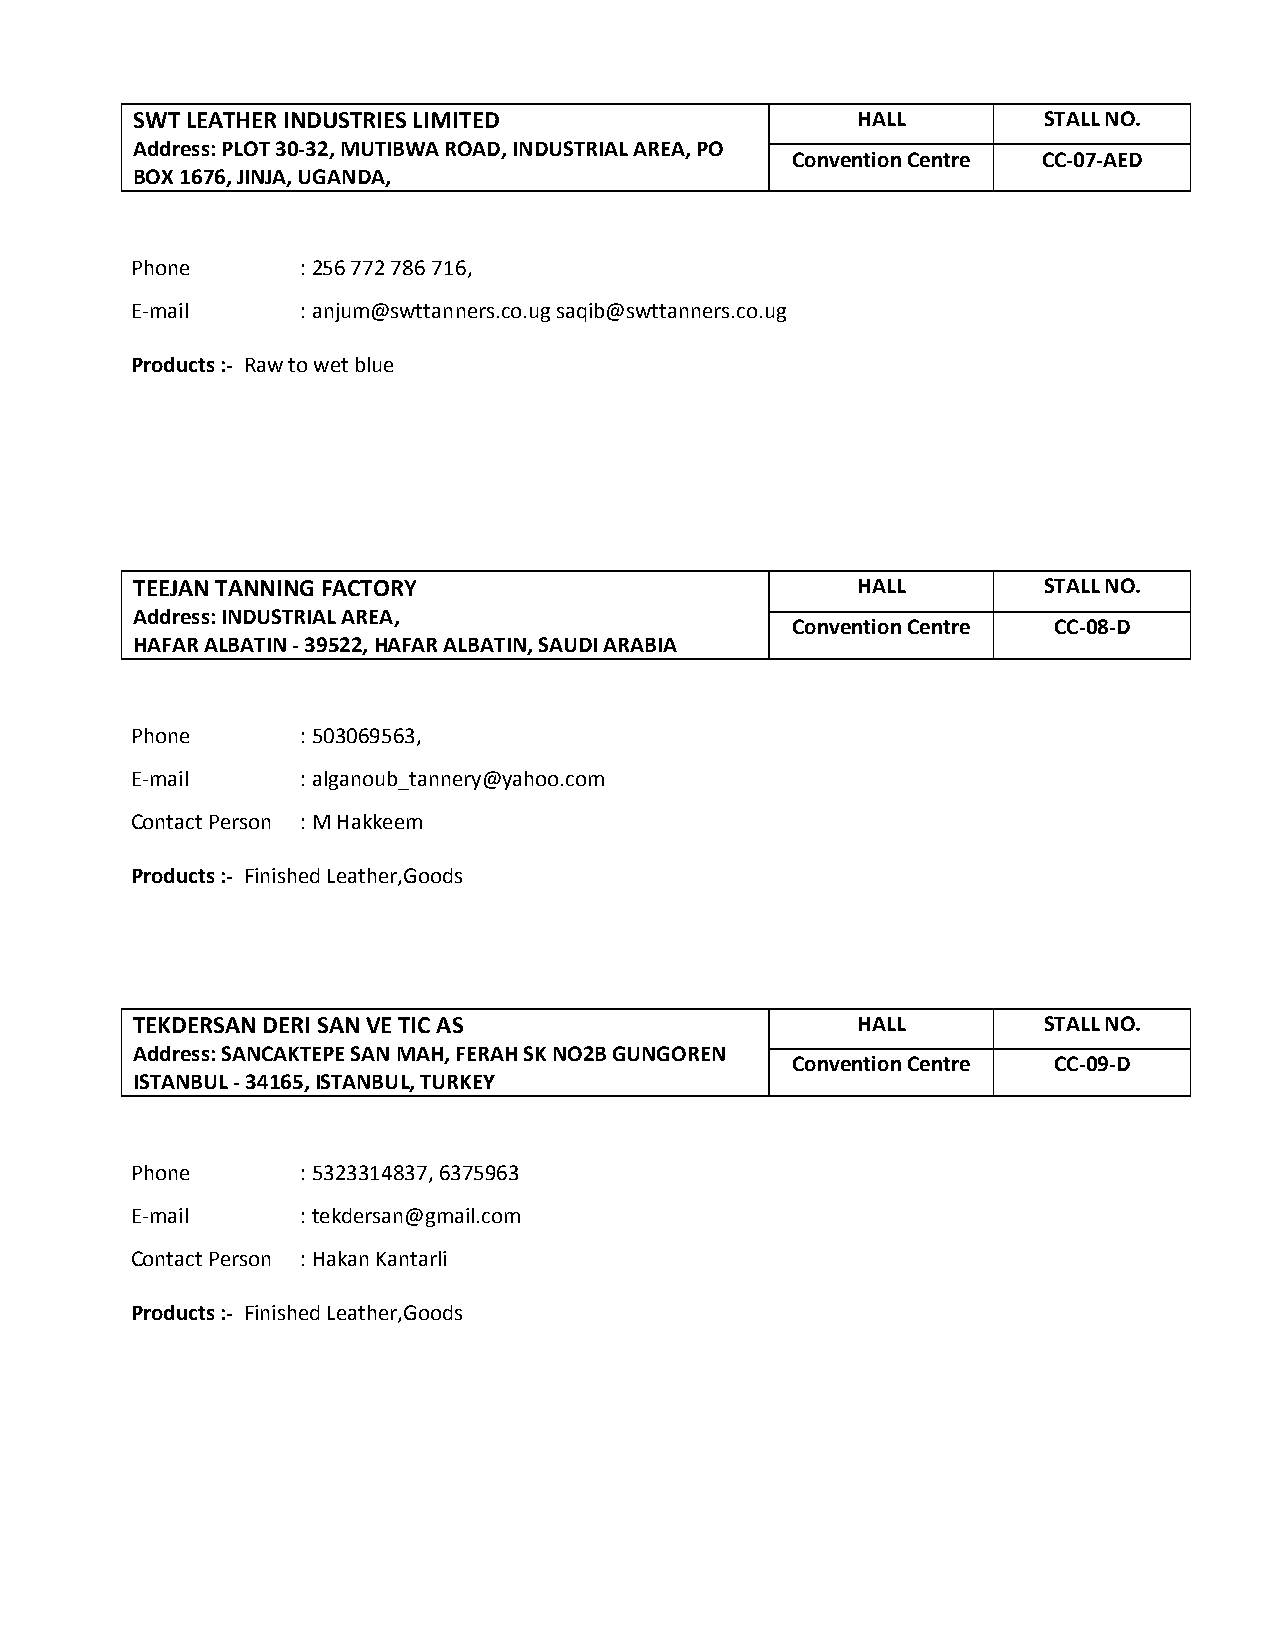
SWT LEATHER INDUSTRIES LIMITED                  HALL        STALL NO.
 Address: PLOT 30-32, MUTIBWA ROAD, INDUSTRIAL AREA, PO
 Convention Centre CC-07-AED
 BOX 1676, JINJA, UGANDA,
 Phone      : 256 772 786 716,
 E-mail     : anjum@swttanners.co.ug saqib@swttanners.co.ug
 Products :- Raw to wet blue
 TEEJAN TANNING FACTORY                          HALL        STALL NO.
 Address: INDUSTRIAL AREA,
 Convention Centre CC-08-D
 HAFAR ALBATIN - 39522, HAFAR ALBATIN, SAUDI ARABIA
 Phone      : 503069563,
 E-mail     : alganoub_tannery@yahoo.com
 Contact Person : M Hakkeem
 Products :- Finished Leather,Goods
 TEKDERSAN DERI SAN VE TIC AS                    HALL        STALL NO.
 Address: SANCAKTEPE SAN MAH, FERAH SK NO2B GUNGOREN
 Convention Centre CC-09-D
 ISTANBUL - 34165, ISTANBUL, TURKEY
 Phone      : 5323314837, 6375963
 E-mail     : tekdersan@gmail.com
 Contact Person : Hakan Kantarli
 Products :- Finished Leather,Goods